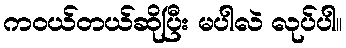
ကဝယ်တယ်ဆိုပြီး မပါလဲ လုပ်ပါ။